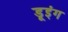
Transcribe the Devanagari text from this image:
डूइंग